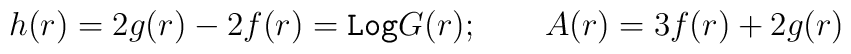
h(r)=2 g(r)-2 f(r)=\texttt{Log} G(r); \qquad A(r)=3 f(r)+2 g(r)